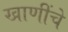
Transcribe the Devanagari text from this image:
खाणींचे